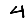
Digit: 4